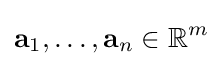
\mathbf {a} _{1},\dots ,\mathbf {a} _{n}\in \mathbb {R} ^{m}